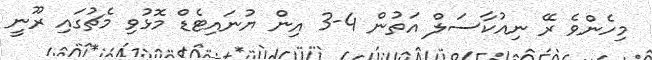
މިހެންވެ ރޭ ނިއުކާސަލް އަތުން 4-3 އިން ޔުނައިޓެޑް މޮޅުވި މެޗުގައި ރޫނީ